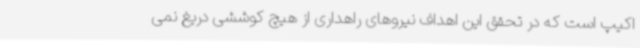
اکیپ است که در تحقق این اهداف نیروهای راهداری از هیچ کوششی دریغ نمی